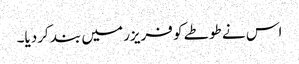
اس نے طوطے کو فریزر میں بند کردیا۔